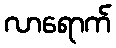
လာရောက်